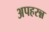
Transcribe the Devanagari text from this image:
अपहरन्न